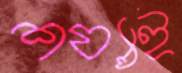
শয্যাই